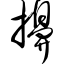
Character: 擤